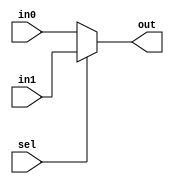
module mux2 #(
    parameter N = 32
)
(
    input [N-1:0] in0, in1,
    input sel,

    output [N-1:0] out
);

assign out = sel ? in1 : in0;

endmodule